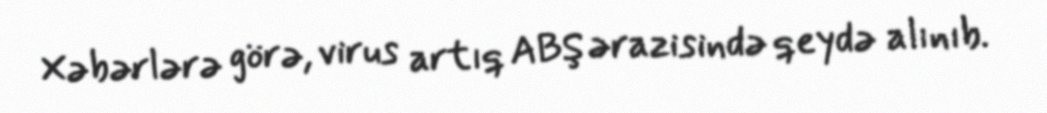
Xəbərlərə görə, virus artıq ABŞ ərazisində qeydə alınıb.